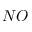
N O